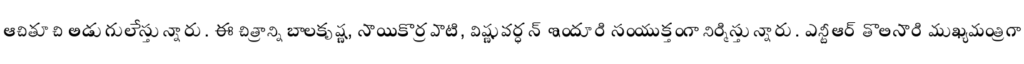
ఆచితూచి అడుగులేస్తున్నారు. ఈ చిత్రాన్ని బాలకృష్ణ, సాయికొర్రపాటి, విష్ణువర్ధన్ ఇందూరి సంయుక్తంగా నిర్మిస్తున్నారు. ఎన్టీఆర్ తొలిసారి ముఖ్యమంత్రిగా